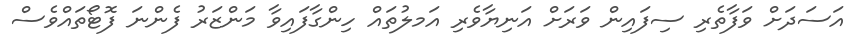
އަސަދަށް ވަފާތެރި ސިފައިން ވަރަށް އަނިޔާވެރި އަމލުތައް ހިންގާފައިވާ މަންޒަރު ފެންނަ ފޮޓޯތައްވެސް